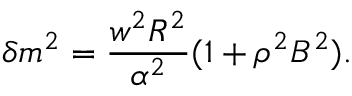
\delta m ^ { 2 } = \frac { w ^ { 2 } R ^ { 2 } } { \alpha ^ { 2 } } ( 1 + \rho ^ { 2 } B ^ { 2 } ) .